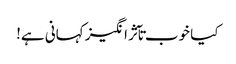
کیا خوب تآثر انگیز کہانی ہے!